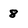
Character: 8